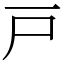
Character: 戸